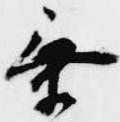
乗